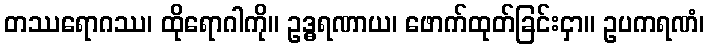
တဿရောဂဿ၊ ထိုရောဂါကို။ ဥဒ္ဓရဏာယ၊ ဖောက်ထုတ်ခြင်းငှာ။ ဥပကရဏံ၊